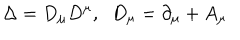
\Delta = D _ { \mu } D ^ { \mu } , \; \; D _ { \mu } = \partial _ { \mu } + A _ { \mu }